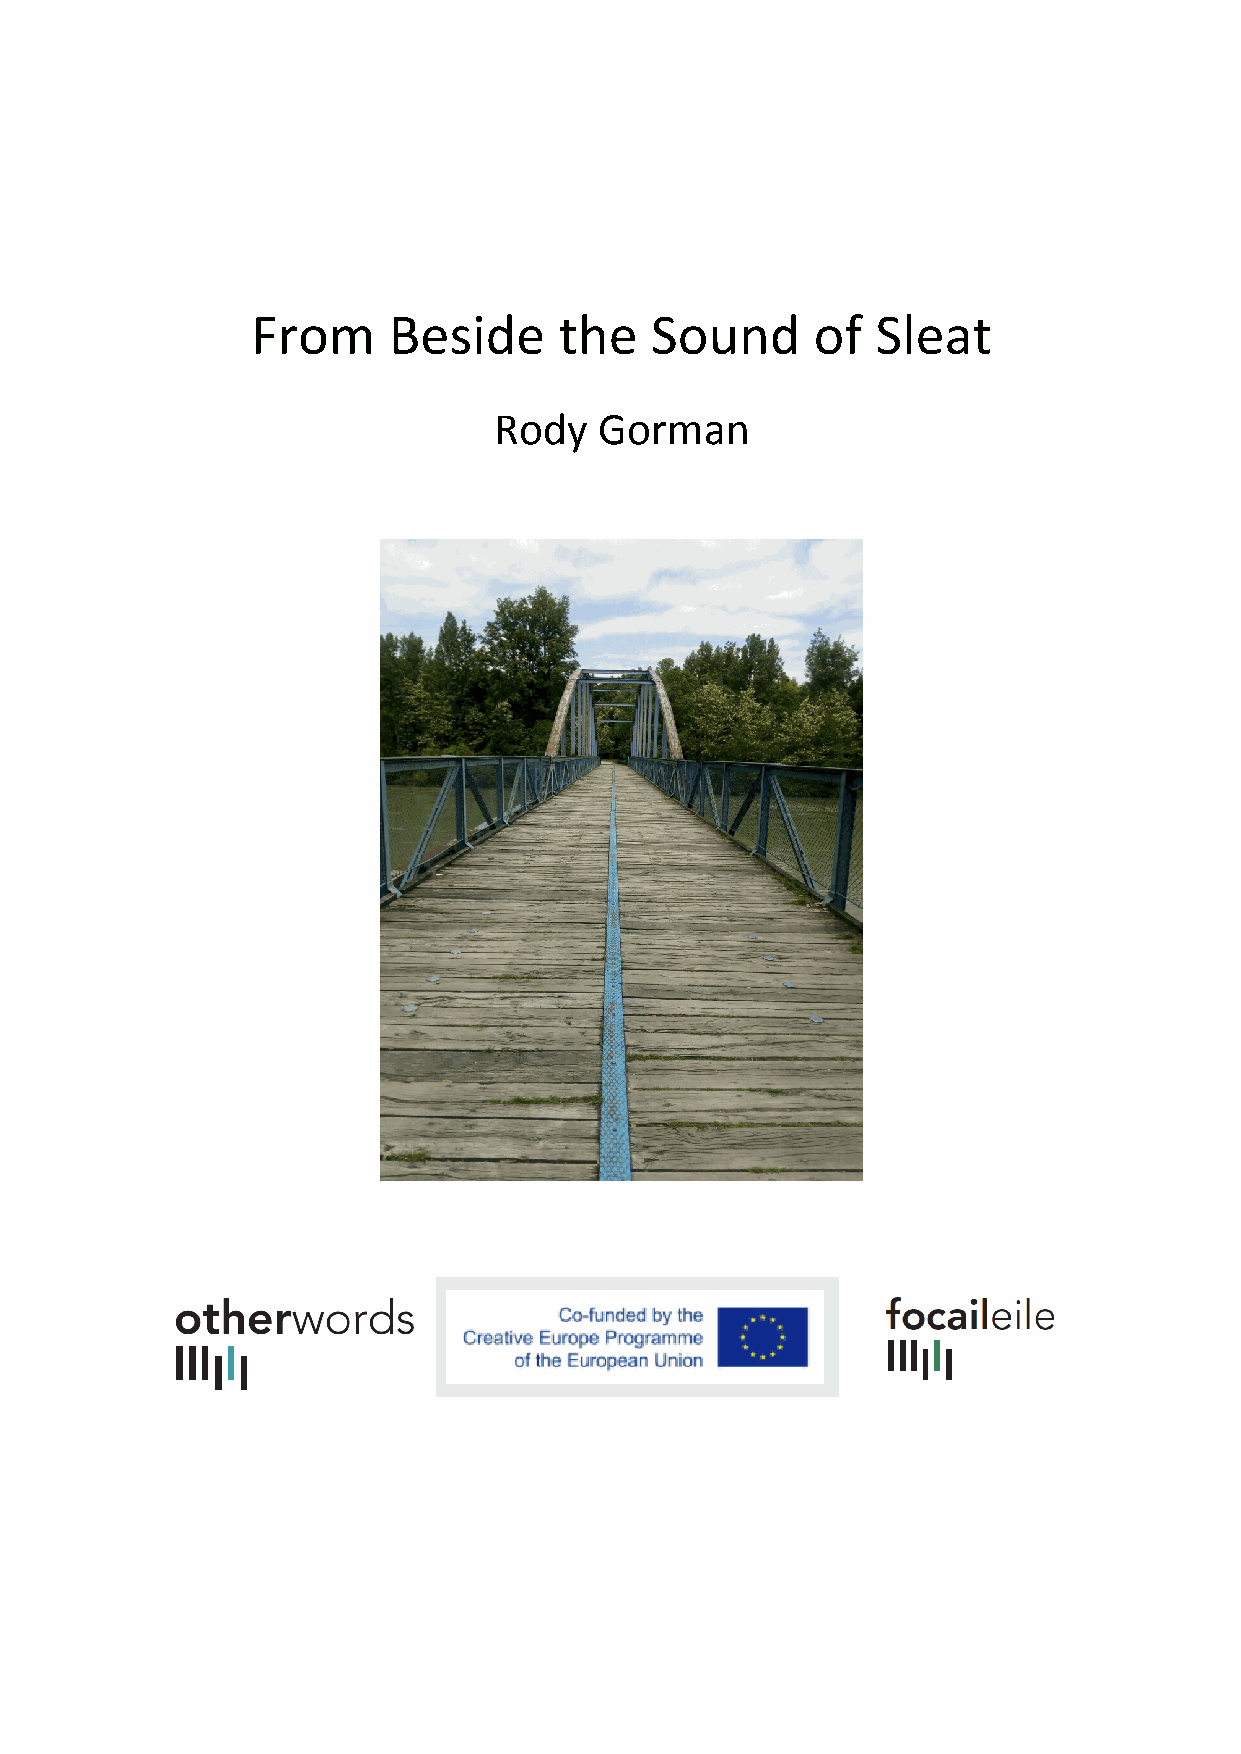
From     Beside     the   Sound      of  Sleat
 Rody   Gorman